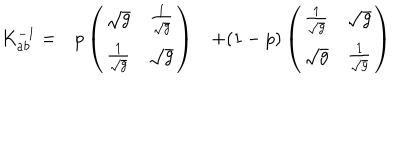
\begin{array} { c c c } { { K _ { a b } ^ { - 1 } = } } & { { p \left( \begin{array} { c c } { { \sqrt { g } } } & { { { \frac { 1 } { \sqrt { g } } } } } \\ { { { \frac { 1 } { \sqrt { g } } } } } & { { \sqrt { g } } } \\ \end{array} \right) } } & { { + ( 1 - p ) \left( \begin{array} { c c } { { { \frac { 1 } { \sqrt { g } } } } } & { { \sqrt { g } } } \\ { { \sqrt { g } } } & { { { \frac { 1 } { \sqrt { g } } } } } \\ \end{array} \right) } } \\ \end{array}